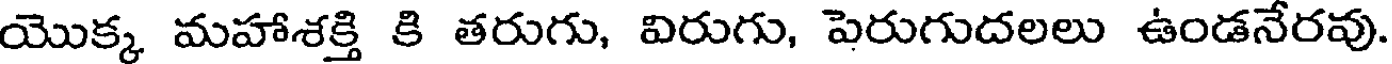
యొక్క మహాశక్తి కి తరుగు, విరుగు, పెరుగుదలలు ఉండనేరవు.